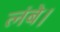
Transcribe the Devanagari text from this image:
लंबे।